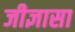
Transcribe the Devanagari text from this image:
जीज्ञासा